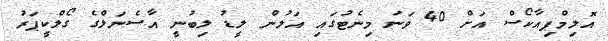
އޮލިމްޕިއާކޯސް އަށް 40 ވަނަ މިނެޓުގައި އަލުން ލީޑު ލިބުނީ އާސެނަލްގެ ގޯލްކީޕަރު